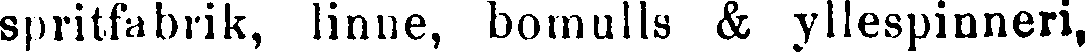
spritfabrik, linne, bomulls & yllespinneri,